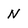
Character: N